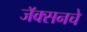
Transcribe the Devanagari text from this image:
जॅक्सनचे